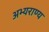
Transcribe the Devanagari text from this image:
अभ्‍यराण्‍य